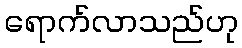
ရောက်လာသည်ဟု